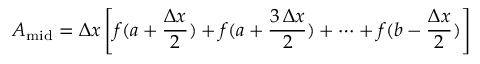
A _ { \mathrm { m i d } } = \Delta x \left[ f ( a + { \frac { \Delta x } { 2 } } ) + f ( a + { \frac { 3 \, \Delta x } { 2 } } ) + \cdots + f ( b - { \frac { \Delta x } { 2 } } ) \right]